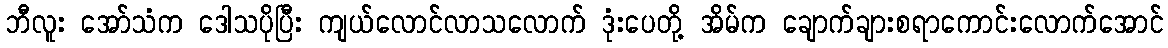
ဘီလူး အော်သံက ဒေါသပိုပြီး ကျယ်လောင်လာသလောက် ဒုံးပေတို့ အိမ်က ချောက်ချားစရာကောင်းလောက်အောင်